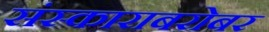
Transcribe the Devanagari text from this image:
संस्काराबरोबर